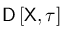
\mathsf { D } \left[ \mathsf { X } , \tau \right]